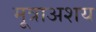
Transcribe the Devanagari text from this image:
मूत्राअशय